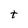
Character: t